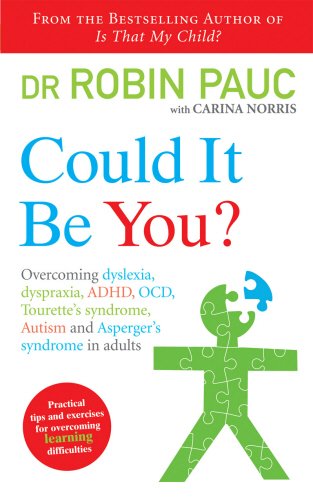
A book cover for Could it be You?: Overcoming Dyslexia, Dyspraxia, ADHD, OCD, Tourette's Syndrome, Autism and Asperger's Syndrome in Adults; Carina Norris; Health, Fitness & Dieting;